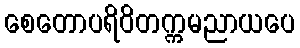
စေတောပရိဝိတက္ကမညာယပေ